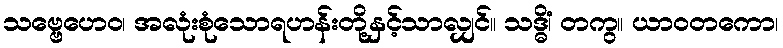
သဗ္ဗေဟေဝ၊ အလုံးစုံသောရဟန်းတို့နှင့်သာလျှင်။ သဒ္ဓိံ၊ တကွ။ ယာဝတကော၊